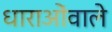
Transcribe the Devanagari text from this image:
धाराओंवाले